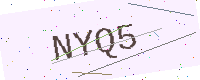
Text: NYQ5